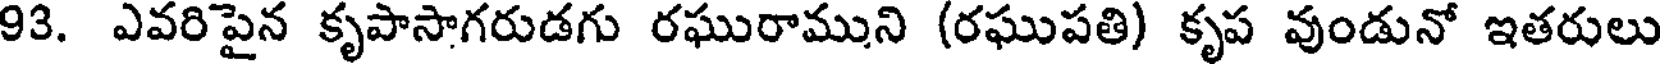
93. ఎవరిపైన కృపాసాగరుడగు రఘురాముని (రఘుపతి) కృప వుండునో ఇతరులు